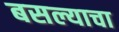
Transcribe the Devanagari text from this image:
बसल्याचा